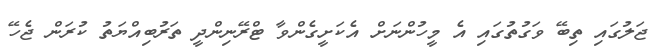
ޖަލުގައި ތިބޭ ވަގުތުގައި އެ މީހުންނަށް އެކަށީގެންވާ ޓްރޭނިންދީ ތަރުބިއްޔަތު ކުރަން ޖެހޭ